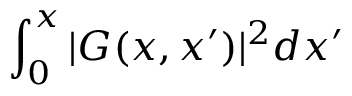
\int _ { 0 } ^ { x } | G ( x , x ^ { \prime } ) | ^ { 2 } d x ^ { \prime }